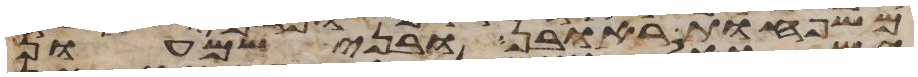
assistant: משפחות ראובן ובני שמעון